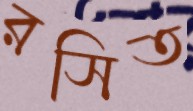
রসিত